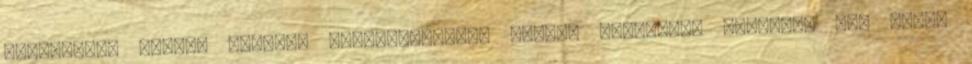
jelentenek nagyon hasznos információkat. Magunk érdekében tehetünk fel olyan